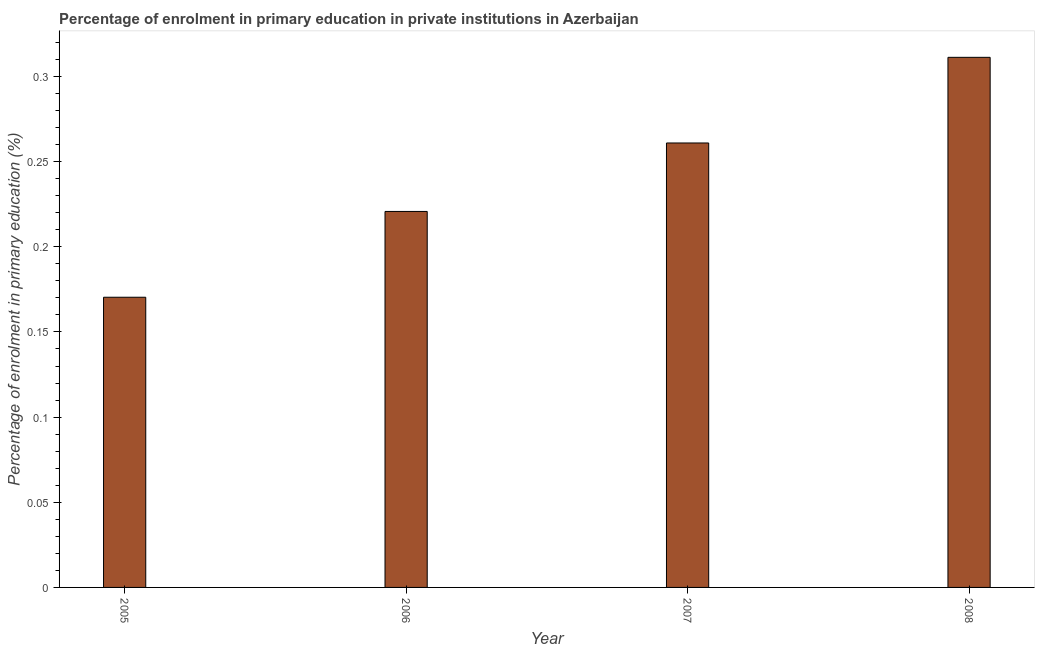
| Year | Enrolment  |
 | --- | --- |
 | 2005 | 0.17 |
 | 2006 | 0.221 |
 | 2007 | 0.261 |
 | 2008 | 0.311 |